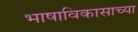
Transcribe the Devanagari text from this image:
भाषाविकासाच्या